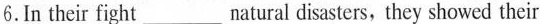
6.In their fight ___ natural disasters, they showed their